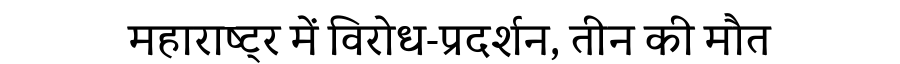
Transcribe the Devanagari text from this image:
महाराष्ट्र में विरोध-प्रदर्शन, तीन की मौत